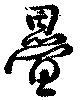
疊